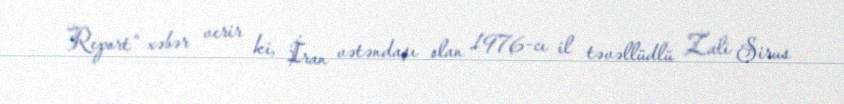
Report" xəbər verir ki, İran vətəndaşı olan 1976-cı il təvəllüdlü Zali Sirus